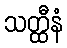
သတ္ထီနံ